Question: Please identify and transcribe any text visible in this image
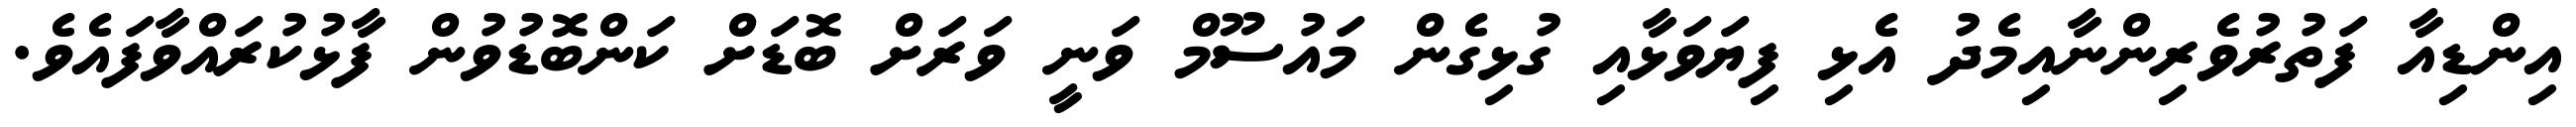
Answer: އިންޑިއާ ފަތުރުވެރިންނާއިމެދު އެޅި ފިޔަވަޅާއި ގުޅިގެން މައުސޫމް ވަނީ ވަރަށް ބޮޑަށް ކަންބޮޑުވުން ފާޅުކުރައްވާފައެވެ.